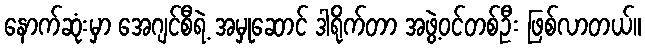
နောက်ဆုံးမှာ အေဂျင်စီရဲ့ အမှုဆောင် ဒါရိုက်တာ အဖွဲ့ဝင်တစ်ဦး ဖြစ်လာတယ်။